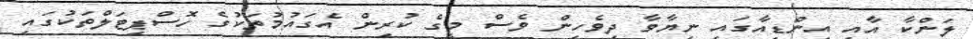
ލަންކާ އާއި އިންޑިއާގައި ނިޔާވާ ދިވެހިން ވެސް މީގެ ކުރިން އެގައުމުތަކުގެ ހޮސްޕިޓަލްތަކުގައި